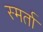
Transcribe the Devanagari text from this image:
स्मर्ता